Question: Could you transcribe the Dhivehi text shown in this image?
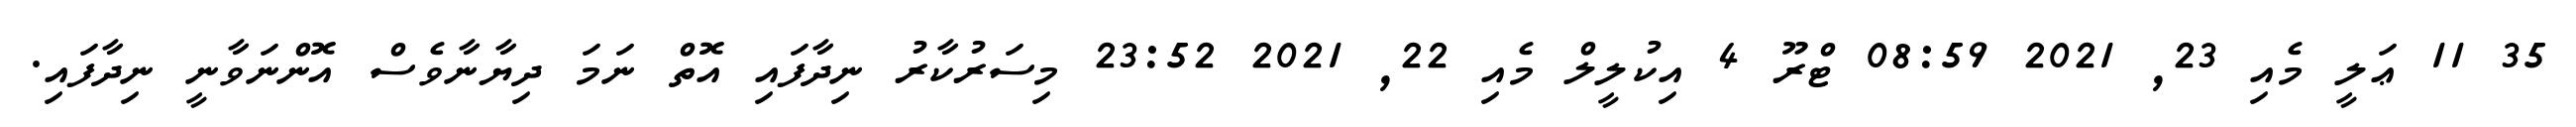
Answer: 35 11 ޢަލީ މެއި 23, 2021 08:59 ޓްރޫ 4 އިކުލީލް މެއި 22, 2021 23:52 މިސަރުކާރު ނިދާފައި އޮތް ނަމަ ދިޔާނާވެސް އޮންނަވާނީ ނިދާފައި.